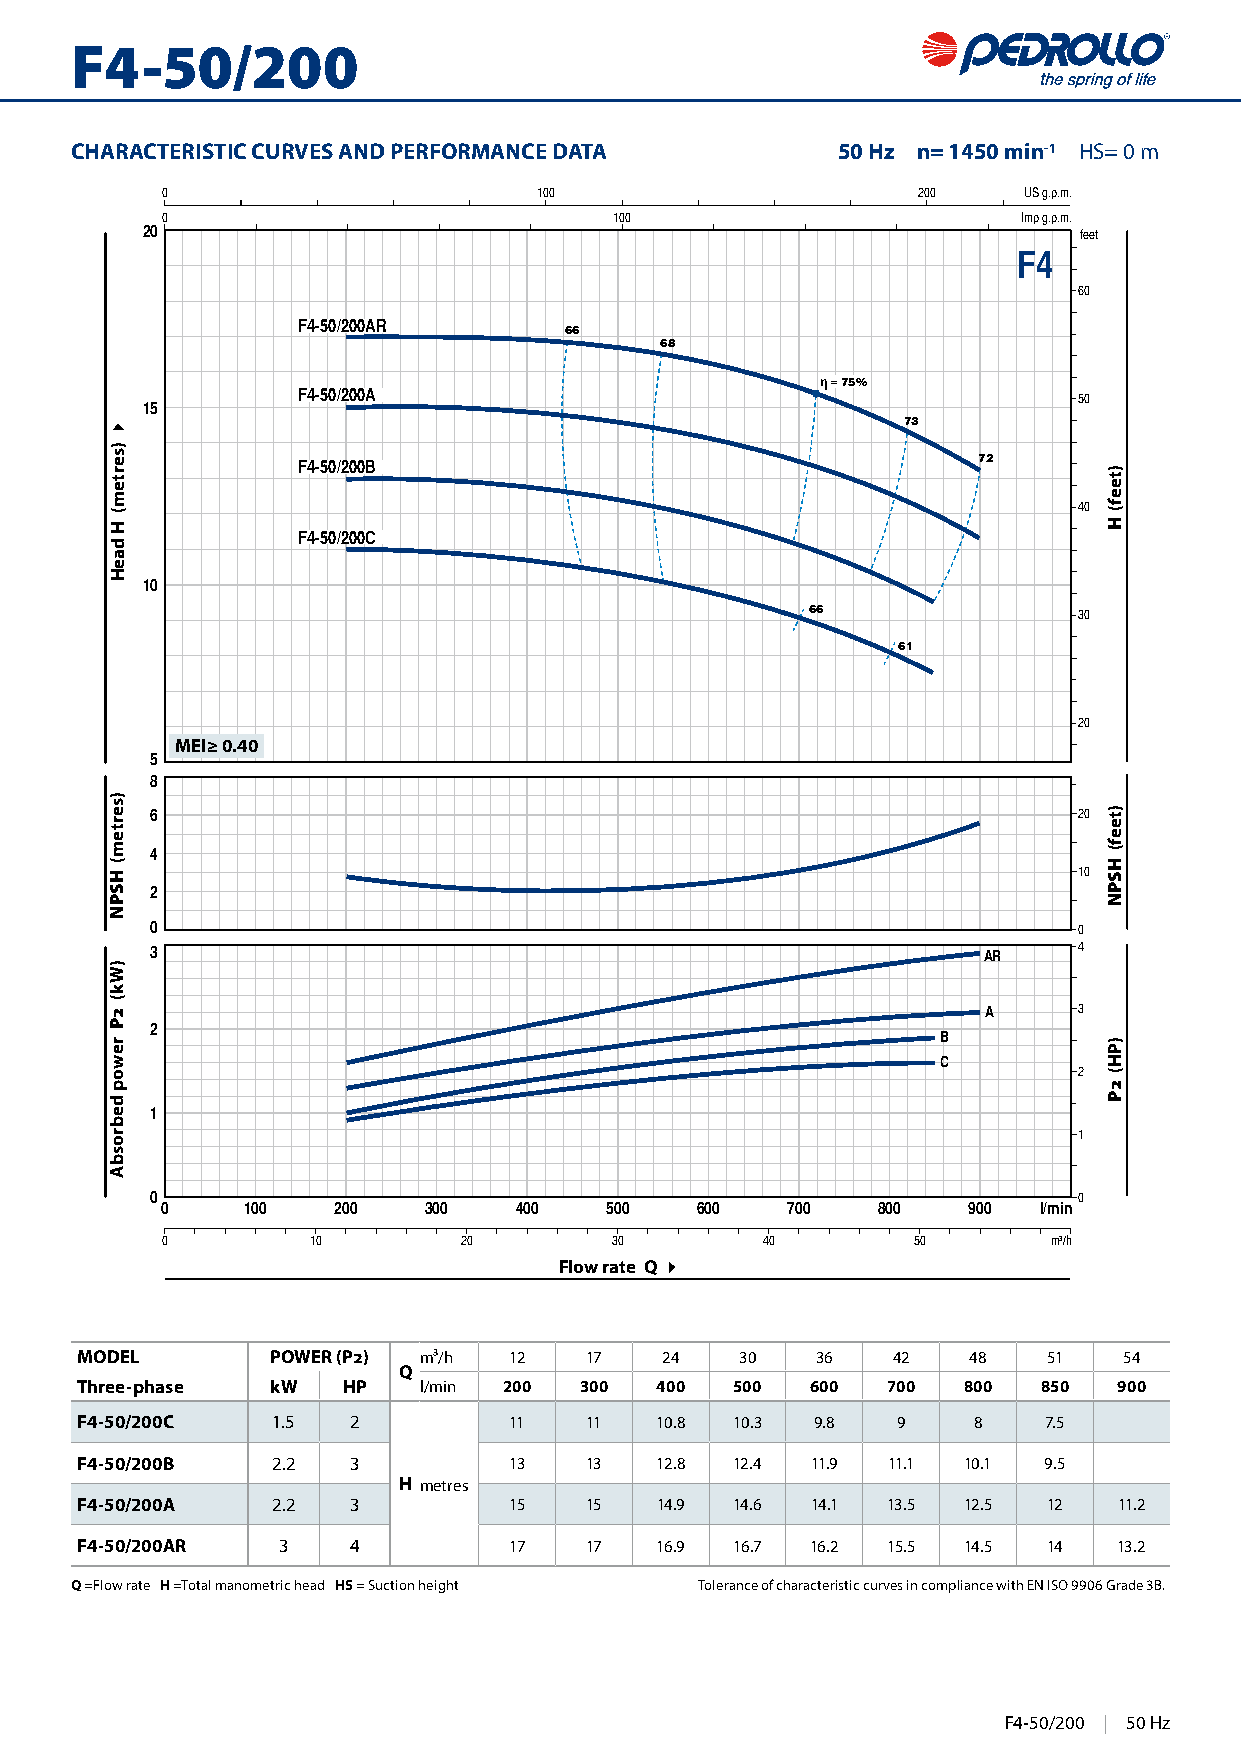
F4-50/200
 CHARACTERISTIC CURVES AND PERFORMANCE DATA        50 Hz n= 1450 min-1 HS= 0 m
 0                        100                      200    US g.p.m.
 0                             100                        Imp g.p.m.
 20                                                            feet
 F4
 60
 F4-50/200AR
 66
 68
 η = 75%
 F4-50/200A                                         50
 15
 73
 F4-50/200B                                   72
 40
 F4-50/200C
 10
 66               30
 61
 20
 MEI≥ 0.40
 5
 8
 6                                                            20
 4
 10
 2
 0                                                            0
 3                                                      AR    4
 A     3
 2
 B
 C
 2
 1
 1
 0                                                            0
 0    100   200   300   400   500   600   700   800   900  l/min
 0        10        20        30        40        50        m³/h
 Flow rate Q 4
 MODEL        POWER (P2) m³/h 12   17   24   30   36   42   48   51   54
 Q
 Three-phase  kW   HP   l/min 200 300  400   500  600  700  800  850  900
 F4-50/200C   1.5  2          11   11  10.8 10.3  9.8  9    8    7.5
 F4-50/200B   2.2  3          13   13  12.8  12.4 11.9 11.1 10.1 9.5
 H metres
 F4-50/200A   2.2  3          15   15  14.9  14.6 14.1 13.5 12.5 12   11.2
 F4-50/200AR  3    4          17   17  16.9  16.7 16.2 15.5 14.5 14   13.2
 Q =Flow rate H =Total manometric head HS = Suction height Tolerance of characteristic curves in compliance with EN ISO 9906 Grade 3B.
 F4-50/200 | 502 H03z
 4
 )sertem(
 H
 daeH
 )sertem(
 HSPN
 )Wk(
 2P
 rewop
 debrosbA
 )teef(
 H
 )teef(
 HSPN
 )PH(
 2P